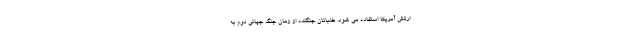
ارتش آمریکا استفاده می شود. خلبانان جنگنده از زمان جنگ جهانی دوم به